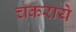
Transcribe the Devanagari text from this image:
चकराये